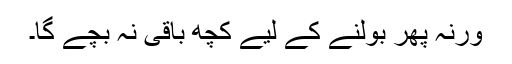
ورنہ پھر بولنے کے لیے کچھ باقی نہ بچے گا۔